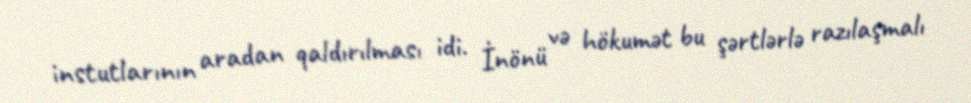
instutlarının aradan qaldırılması idi. İnönü və hökumət bu şərtlərlə razılaşmalı